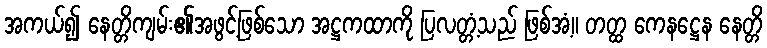
အကယ်၍ နေတ္တိကျမ်း၏အဖွင့်ဖြစ်သော အဋ္ဌကထာကို ပြလတ္တံ့သည် ဖြစ်အံ့။ တတ္ထ ကေနဋ္ဌေန နေတ္တိ